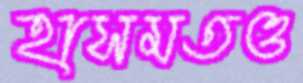
হাসমতও